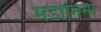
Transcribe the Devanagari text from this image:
मडोनिना